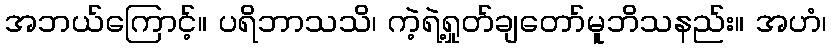
အဘယ်ကြောင့်။ ပရိဘာသသိ၊ ကဲ့ရဲ့ရှုတ်ချတော်မူဘိသနည်း။ အဟံ၊